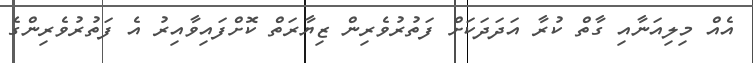
އެއް މިލިއަނާއި ގާތް ކުރާ އަދަދަކަށް ފަތުރުވެރިން ޒިޔާރަތް ކޮށްފަައިވާއިރު އެ ފަތުރުވެރިންގެ